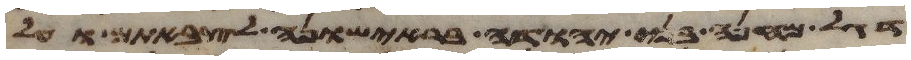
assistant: דגל מחנה בני יהודה בראישונה לצבאתם ועל